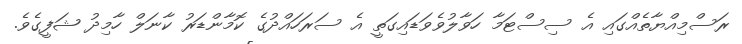
ރަސްމިއްޔާތެއްގައި އެ ސިސްޓަމާ ހަވާލުވެވަޑައިގަތީ އެ ސަރަހައްދުގެ ކޮމާންޑަރު ކާނަލް ހާމިދު ޝަފީގެވެ.